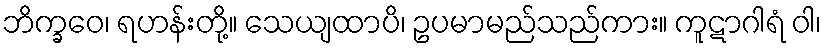
ဘိက္ခဝေ၊ ရဟန်းတို့။ သေယျထာပိ၊ ဥပမာမည်သည်ကား။ ကူဋာဂါရံ ဝါ၊